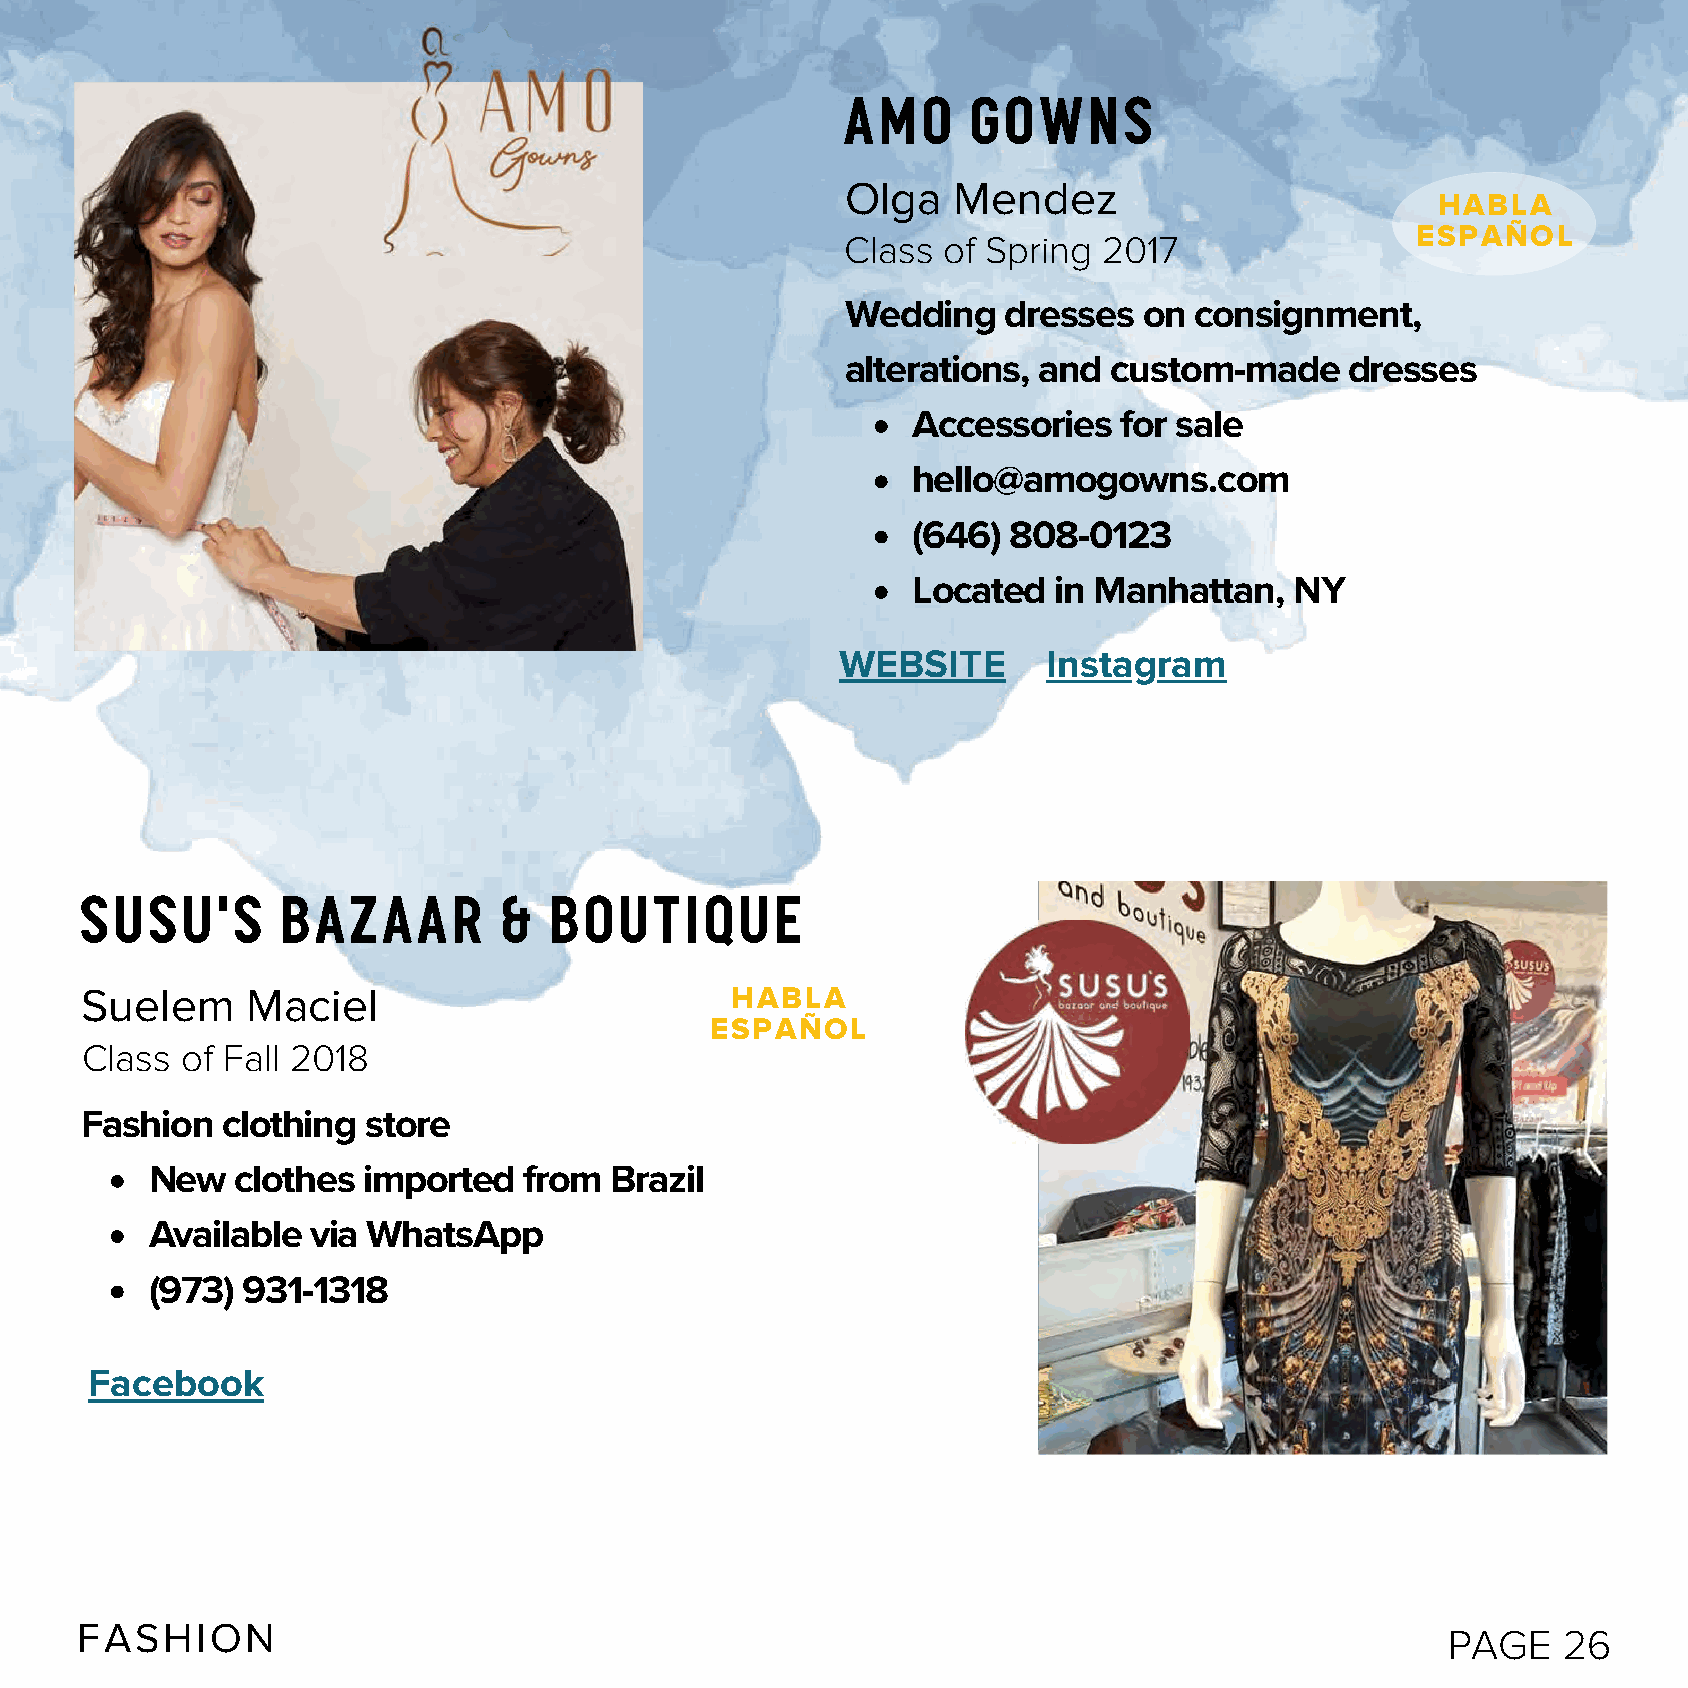
AMO     GOWNS
 Olga   Mendez
 HABLA
 ESPAÑOL
 Class of Spring  2017
 Wedding    dresses  on consignment,
 alterations, and  custom-made    dresses
 Accessories   for sale
 hello@amogowns.com
 (646)  808-0123
 Located   in Manhattan,   NY
 WEBSITE      Instagram
 SUSU'S        Bazaar        &  BOUTIQUE
 Suelem     Maciel                          HABLA
 ESPAÑOL
 Class  of Fall 2018
 Fashion   clothing store
 New   clothes imported   from Brazil
 Available  via WhatsApp
 (973) 931-1318
 Facebook
 FASHION
 PAGE   26